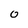
Character: 0